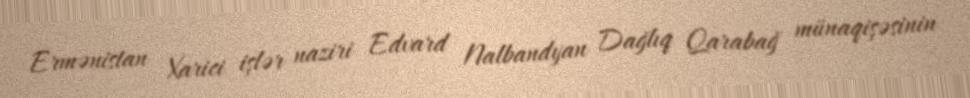
Ermənistan Xarici işlər naziri Edvard Nalbandyan Dağlıq Qarabağ münaqişəsinin